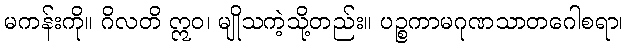
မကန်းကို။ ဂိလတိ ဣဝ၊ မျိုသကဲ့သို့တည်း။ ပဉ္စကာမဂုဏသာတဂေါစရာ၊